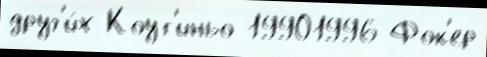
друг'и́х Коут'иньо 19901996 Фок'ер